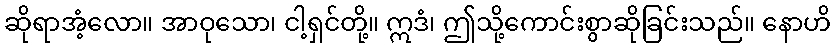
ဆိုရာအံ့လော။ အာဝုသော၊ ငါ့ရှင်တို့။ ဣဒံ၊ ဤသို့ကောင်းစွာဆိုခြင်းသည်။ နောဟိ